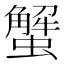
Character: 蟹